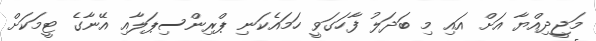
މަޖީދިއްޔާ އަށް އައި މި ބަދަލު ފާހަގަވީ ހަމައެކަނި ޕްރިންސިޕަލާއި އޭނާގެ ޓީމަކަށް